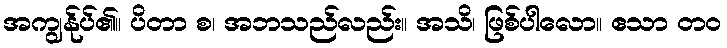
အကျွန်ုပ်၏။ ပိတာ စ၊ အဘသည်လည်း။ အသိ၊ ဖြစ်ပါလော။ ဧသာ တဝ